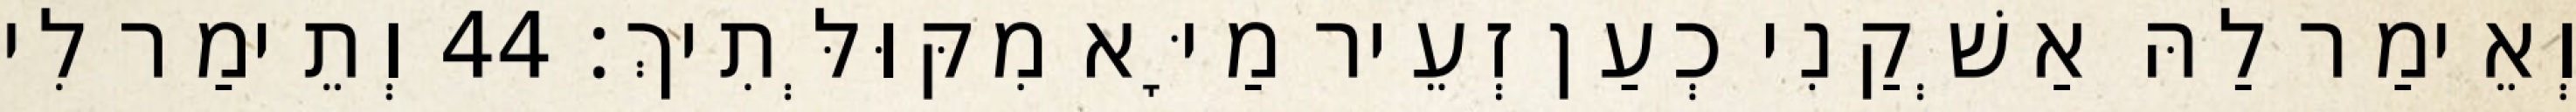
וְאֵימַר לַהּ אַשְׁקַנִי כְעַן זְעֵיר מַיָּא מִקּוּלְּתִיךְ׃ 44 וְתֵימַר לִי